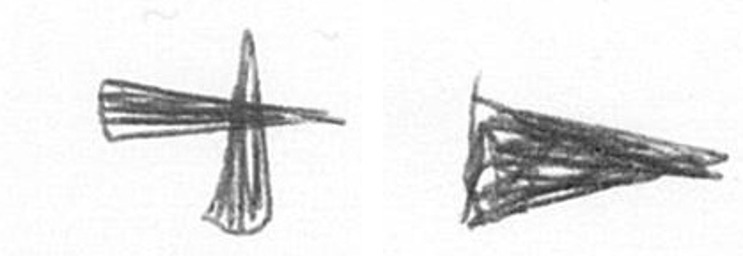
G T